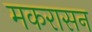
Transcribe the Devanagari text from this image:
मकरासन